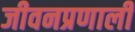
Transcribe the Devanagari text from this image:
जीवनप्रणाली